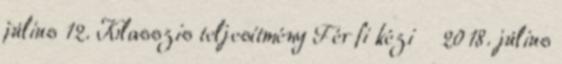
július 12. Klasszis teljesítmény Férfi kézi 2018. július